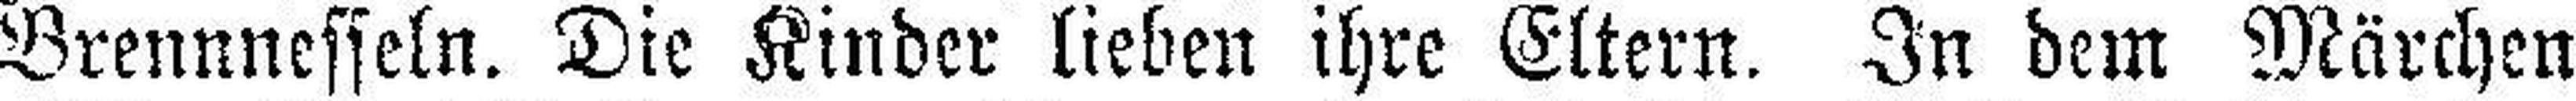
Brennnesseln. Die Kinder lieben ihre Eltern. In dem Märchen